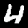
Label: 4